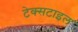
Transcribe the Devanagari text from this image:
टेक्‍सटाइल